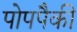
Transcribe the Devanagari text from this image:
पोपपैकी